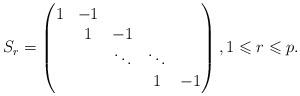
LaTeX: \begin{align*}S_r = \begin{pmatrix}1&-1\\&1&-1&\cr&&\ddots&\ddots\\&&&1&-1\end{pmatrix},1\leqslant r\leqslant p. \end{align*}